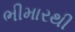
ભીમારથી